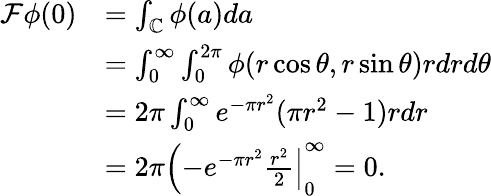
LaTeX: \begin{array}{rl}{\mathcal{F}\phi(0)}&{=\int_{\mathbb{C}}\phi(a)da}\\ &{=\int_{0}^{\infty}\int_{0}^{2\pi}\phi(r\cos\theta,r\sin\theta)rdrd\theta}\\ &{=2\pi\int_{0}^{\infty}e^{-\pi r^{2}}(\pi r^{2}-1)rdr}\\ &{=2\pi\left(-e^{-\pi r^{2}}\frac{r^{2}}{2}\right|_{0}^{\infty}=0.}\end{array}